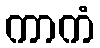
ကာကံ